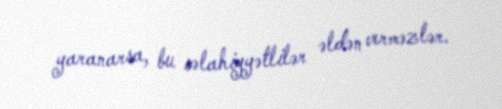
yaranarsa, bu səlahiyyətlilər əldən verməzlər.